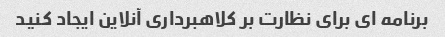
برنامه ای برای نظارت بر کلاهبرداری آنلاین ایجاد کنید